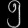
Digit: ၅